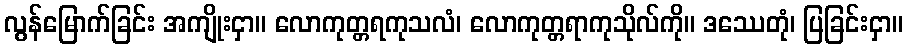
လွန်မြောက်ခြင်း အကျိုးငှာ။ လောကုတ္တရကုသလံ၊ လောကုတ္တရာကုသိုလ်ကို။ ဒဿေတုံ၊ ပြခြင်းငှာ။